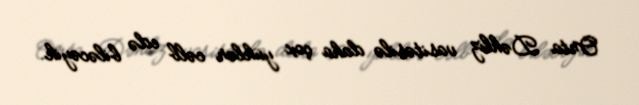
Orta Dəhliz vasitəsilə daha çox yüklər cəlb edə biləcəyik.